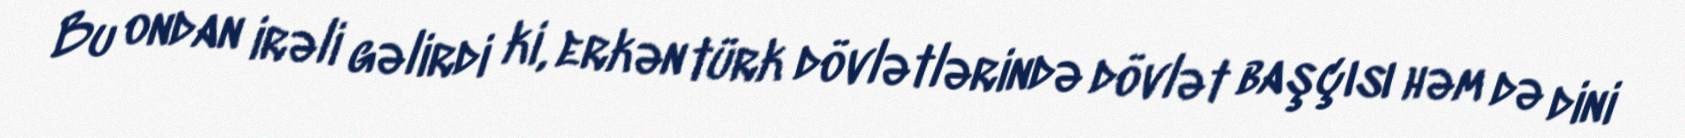
Bu ondan irəli gəlirdi ki, erkən türk dövlətlərində dövlət başçısı həm də dini